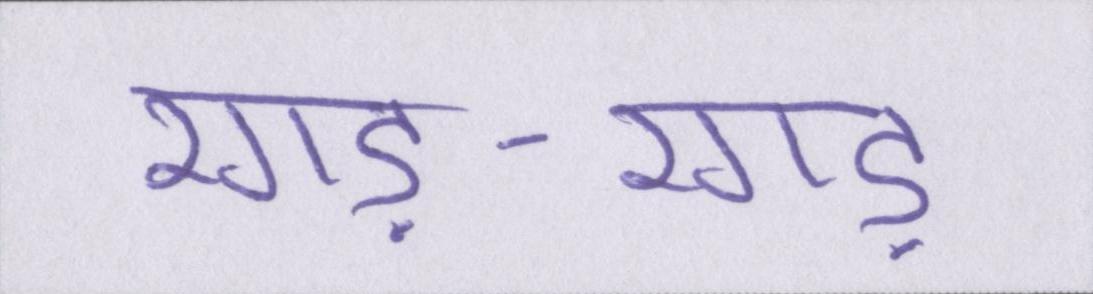
रगड़-रगड़